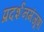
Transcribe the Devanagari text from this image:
प्रदर्शनमंजूषा